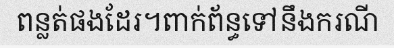
ពន្លត់ផងដែរ។ពាក់ព័ន្ធទៅនឹងករណី